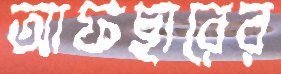
আফছারের